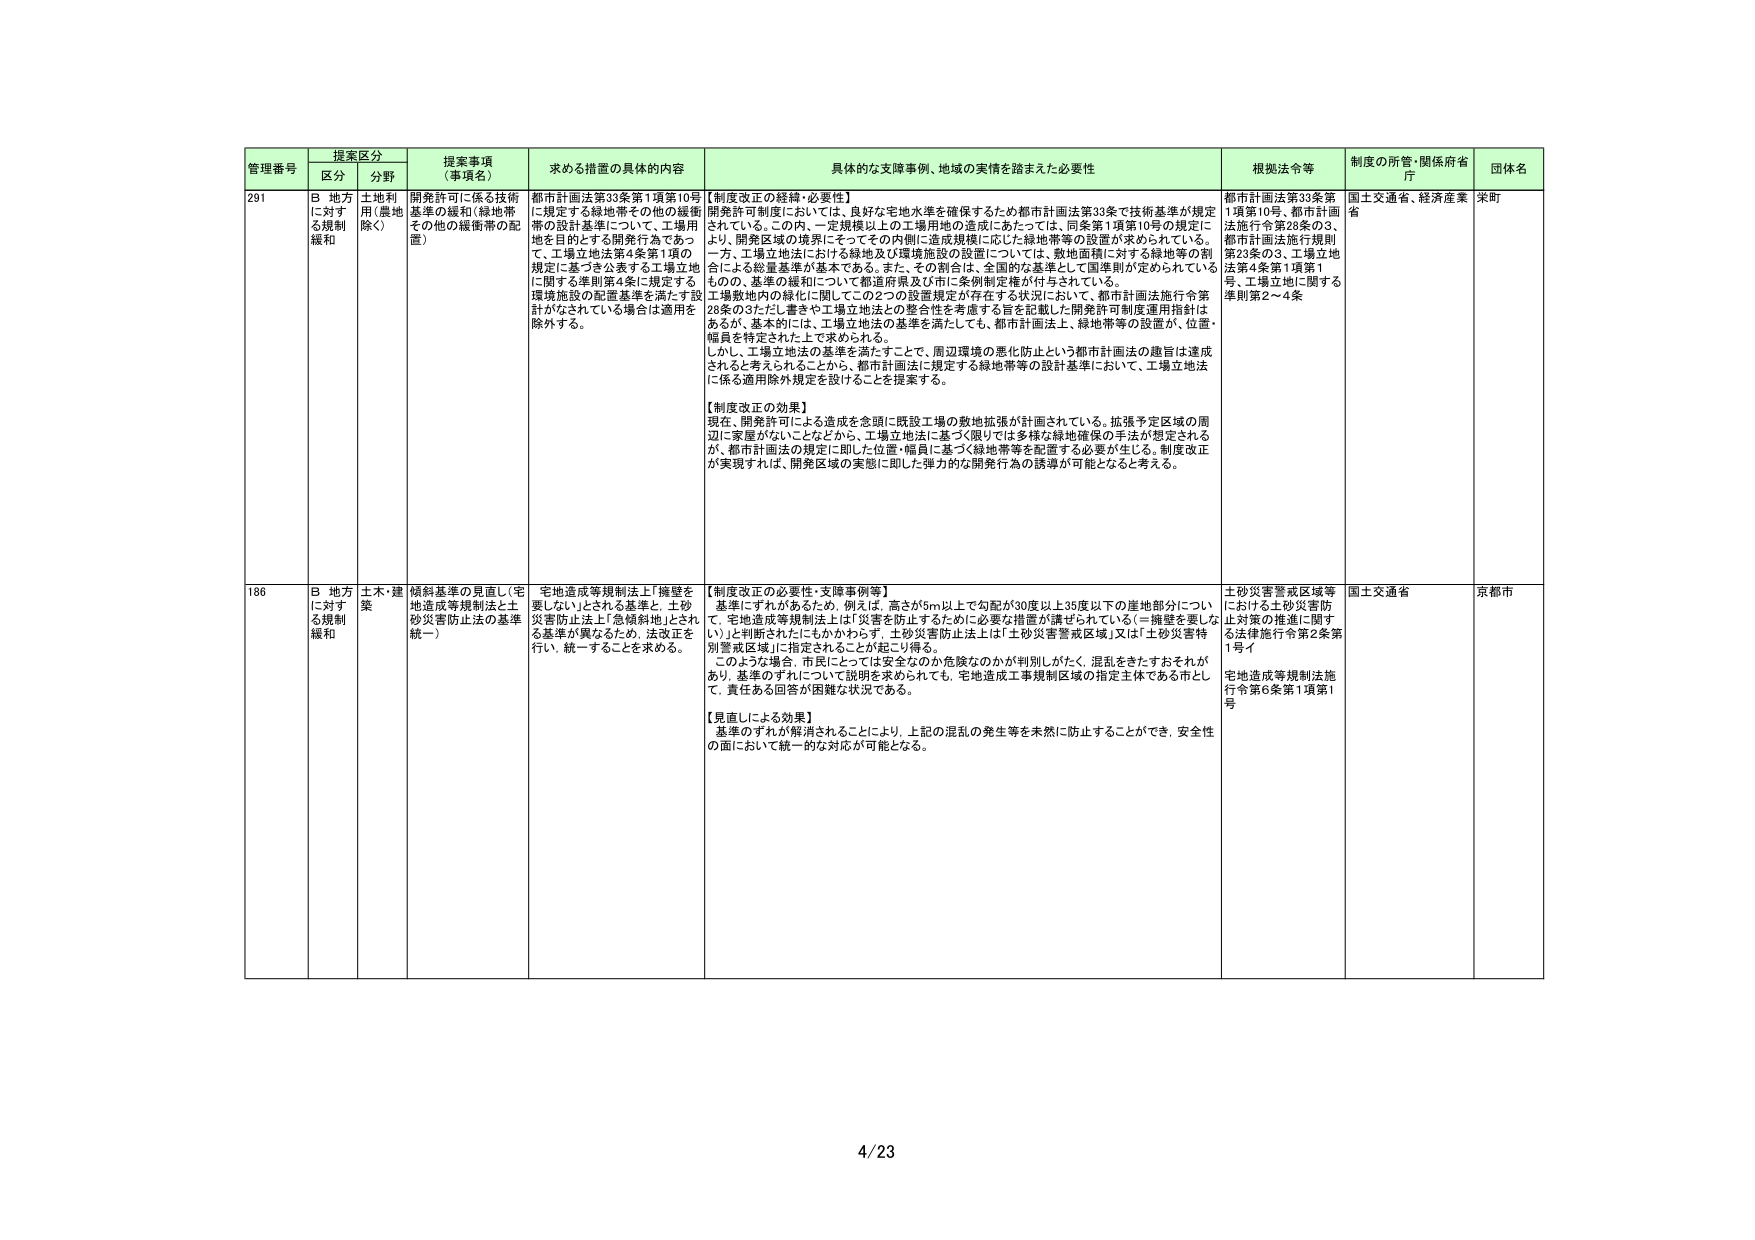
管理番号 提案区分 提案事項（事項名） 求める措置の具体的内容 具体的な支援事例、地域の実情を踏まえた必要性 根拠法令等 制度の所管・関係府省庁 団体名
区分 分野
291 B 地方に対する規制緩和 土地利用（農地除く） 開発許可に係る技術基準の緩和（緑地帯その他の緩衝帯の配置） 都市計画法第33条第1項第10号に規定する緑地帯その他の緩衝帯の設計基準について、工場用地を目的とする開発行為であって、工場立地法第4条第1項の規定に基づき公表する工場立地に関する準則第4条に規定する環境施設の配置基準を満たす設計がなされている場合は適用を除外する。 【制度改正の経緯・必要性】 開発許可制度においては、良好な宅地水準を確保するため都市計画法第33条で技術基準が規定されている。この内、一定規模以上の工場用地の造成にあたっては、同条第1項第10号の規定により、開発区域の境界にそってその内側に造成規模に応じた緑地帯等の設置が求められている。一方、工場立地法における緑地及び環境施設の設置については、敷地面積に対する緑地等の割合による総量基準が基本である。また、その割合は、全国的な基準として国準則が定められているものので、基準の緩和について都道府県及び市に条例制定権が付与されている。 工場敷地内の緑化に関してこの2つの設置規定が存在する状況において、都市計画法施行令第28条の3ただし書きや工場立地法との整合性を考慮する旨を記載した開発許可制度運用指針はあるが、基本的には、工場立地法の基準を満たしても、都市計画法上、緑地帯等の設置が、位置・幅員を待定された上で求められる。 しかし、工場立地法の基準を満たすことで、周辺環境の悪化防止という都市計画法の趣旨は達成されると考えられることから、都市計画法に規定する緑地帯等の設計基準において、工場立地法に係る適用除外規定を設けることを提案する。 【制度改正の効果】 現在、開発許可による造成を念頭に既設工場の敷地拡張が計画されている。拡張予定区域の周辺に家屋がないことなどから、工場立地法に基づく限りでは多様な緑地確保の手法が想定されるが、都市計画法の規定に即した位置・幅員に基づく緑地帯等を配置する必要が生じる。制度改正が実現すれば、開発区域の実態に即した弾力的な開発行為の誘導が可能となると考える。 都市計画法第33条第1項第10号、都市計画法施行令第28条の3、都市計画法施行規則第20条の3、工場立地法第4条第1項第1号、工場立地に関する準則第2～4条 国土交通省、経済産業省 栄町
186 B 地方に対する規制緩和 土木・建築 傾斜基準の見直し（宅地造成等規制法と土砂災害防止法の基準統一） 宅地造成等規制法上「擁壁を要しない」とされる基準と、土砂災害防止法上「急傾斜地」とされる基準が異なるため、法改正を行い、統一することを求める。 【制度改正の必要性・支障事例等】 基準にずれがあるため、例えば、高さが5m以上で勾配が30度以上35度以下の崖地部分について、宅地造成等規制法上は「災害を防止するために必要な措置が講ぜられている（＝擁壁を要しない）」と判断されたにもかかわらず、土砂災害防止法上は「土砂災害警戒区域」又は「土砂災害特別警戒区域」に指定されることが起こり得る。 このような場合、市民にとっては安全なのか危険なのかが判別しがたく、混乱をきたすおそれがあり、基準のずれについて説明を求められても、宅地造成工事規制区域の指定主体である市として、責任ある回答が困難な状況である。 【見直しによる効果】 基準のずれが解消されることにより、上記の混乱の発生等を未然に防止することができ、安全性の面において統一的な対応が可能となる。 土砂災害警戒区域等における土砂災害防止対策の推進に関する法律施行令第2条第1号イ 宅地造成等規制法施行令第6条第1項第1号 国土交通省 京都市
4/23